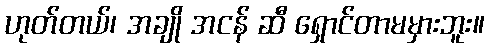
ဟုတ်တယ်၊ အချို အငန် ဆီ ရှောင်တာမမှားဘူး။